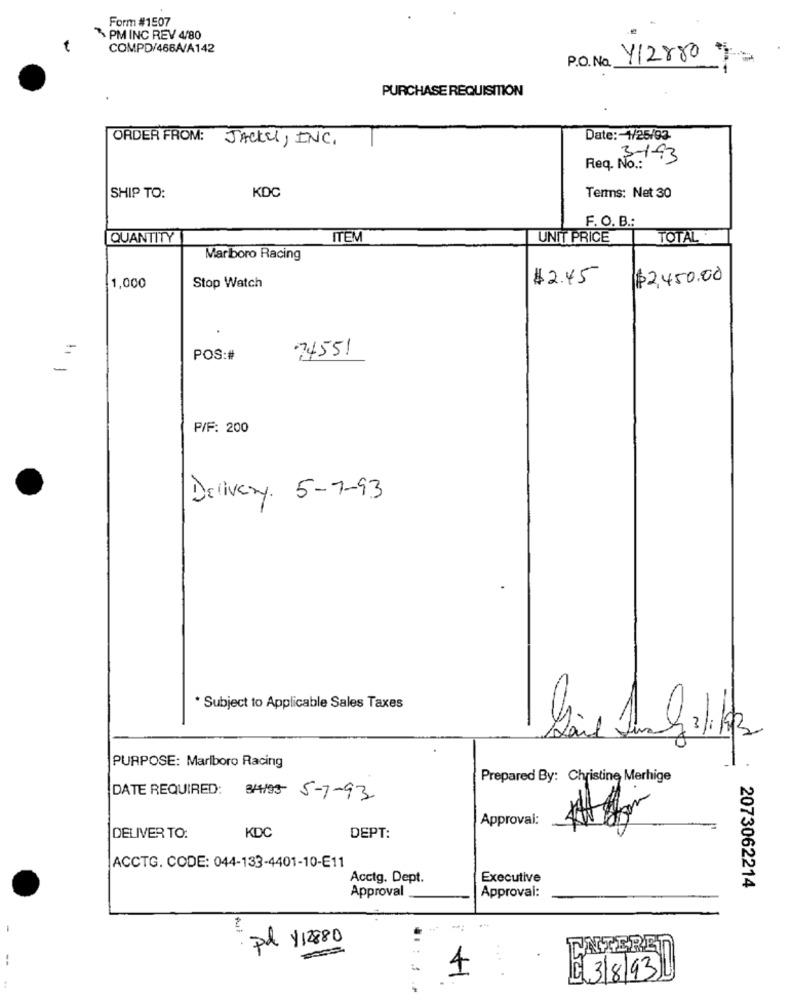
Form #1507
PM INC REV 4/80
COMPD/466A/A142
P.O. No.
Y12880
PURCHASE REQUISITION
ORDER FROM:
Date: 1/25/93
JACKEl , INC .
3-1-93
Req. No .:
KDC
SHIP TO:
Terms: Net 30
F. O. B .:
QUANTITY
ITEM
UNIT PRICE
TOTAL
Marlboro Racing
$2.45
$2,450.00
1,000
Stop Watch
74551
=
POS:#
P/F: 200
Delivery. 5-7-93
* Subject to Applicable Sales Taxes
PURPOSE: Marlboro Racing
Prepared By: Christine Merhige
DATE REQUIRED: 3/4/93 5-7-93
Approval:
DELIVER TO:
KDC
DEPT:
ACCTG. CODE: 044-133-4401-10-E11
Acctg. Dept.
Executive
Approval
2073062214
Approval:
pd $12880
ENTERE
--
4
03/8/93